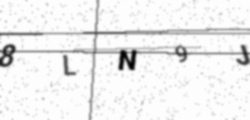
Text: 8LN9J